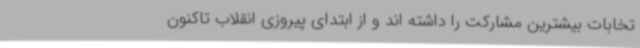
تخابات بیشترین مشارکت را داشته اند و از ابتدای پیروزی انقلاب تاکنون